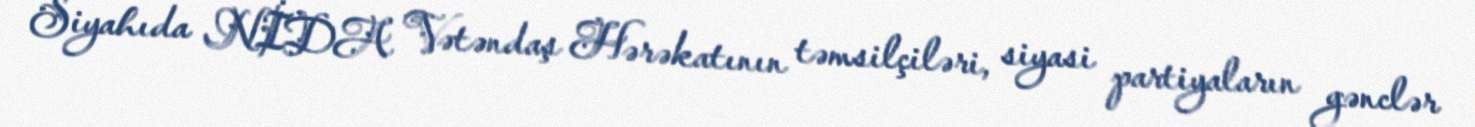
Siyahıda NİDA Vətəndaş Hərəkatının təmsilçiləri, siyasi partiyaların gənclər